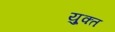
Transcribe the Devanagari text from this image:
यु्क्त